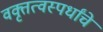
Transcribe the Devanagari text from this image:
वक्तृत्वस्पर्धांचे